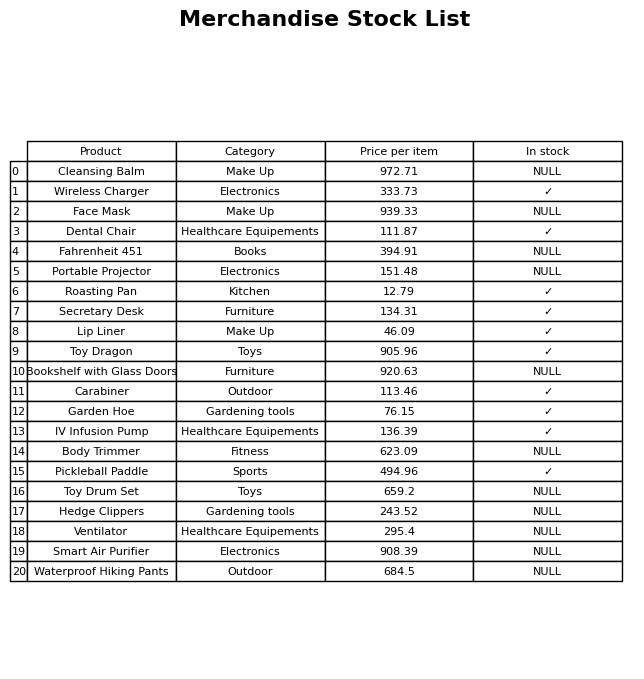
question: Which products are available in stock?
answer: Wireless Charger, Dental Chair, Roasting Pan, Secretary Desk, Lip Liner, Toy Dragon, Carabiner, Garden Hoe, IV Infusion Pump, Pickleball Paddle